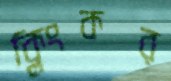
ক্লিংকর